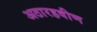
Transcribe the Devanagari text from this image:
अठारहवीण